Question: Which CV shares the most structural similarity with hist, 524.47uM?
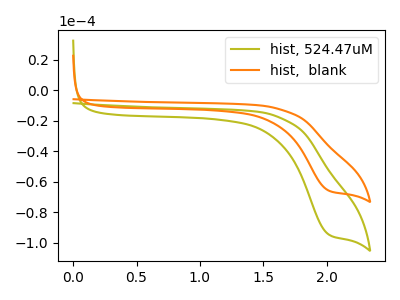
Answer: <think>The olive curve "hist, 524.47uM" has a cathodic peak at: (2.00V, -94.55uA). The orange curve "hist,  blank" has a cathodic peak at: (2.00V, -65.75uA).
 All the peaks in "hist, 524.47uM" have a peak in "hist,  blank" at the same potential. Every peak in "hist, 524.47uM" is higher than every peak in "hist,  blank".</think>
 <answer>The CV with the most similar shape to "hist,  blank" is "hist, 524.47uM".</answer>
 <eval>"hist, 524.47uM"</eval>